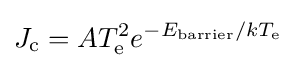
J_{\rm {c}}=AT_{\rm {e}}^{2}e^{-E_{\rm {barrier}}/kT_{\rm {e}}}